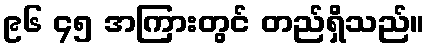
၉၆ ၄၅ အကြားတွင် တည်ရှိသည်။